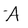
Character: A